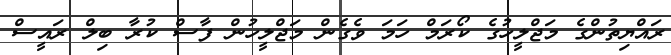
ރައްޔިތުންގެ މަޖްލީހުގެ ކޯރަމް ހަމަ ވެގެން މަޖްލީހުން ފާސް ކުރާ ބިލް ރައީސް